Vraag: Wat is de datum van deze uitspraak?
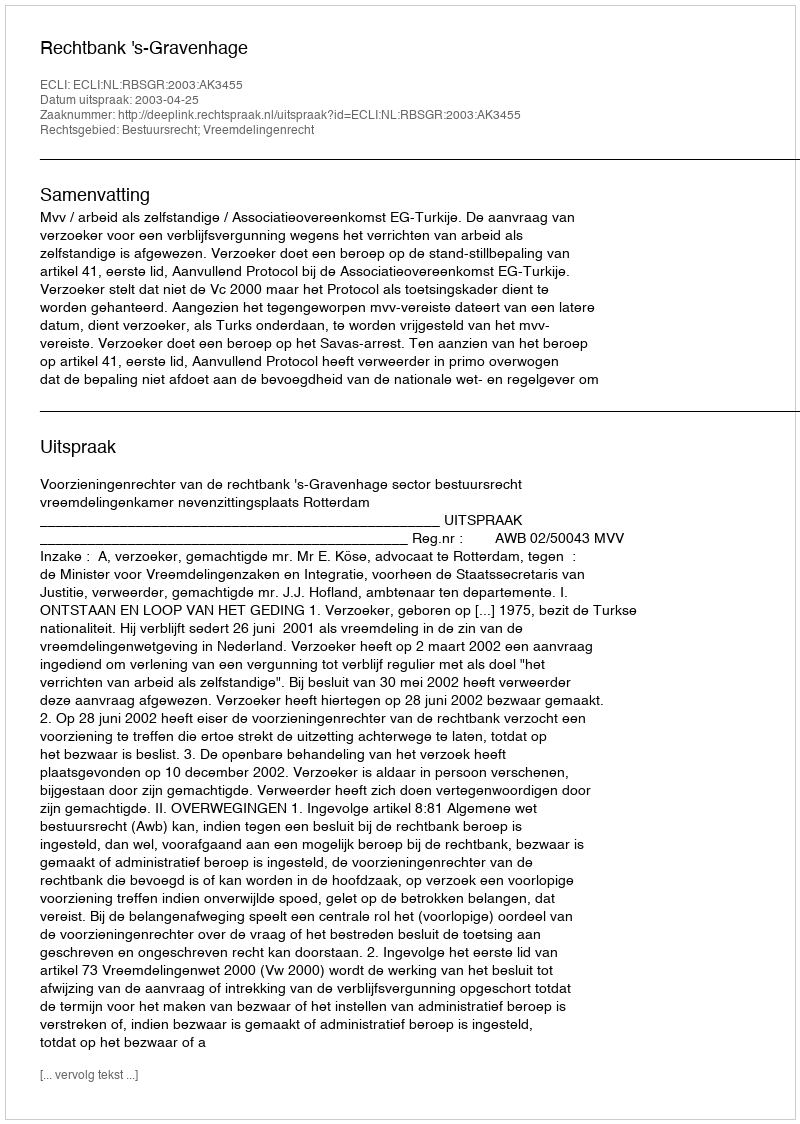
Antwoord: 2003-04-25